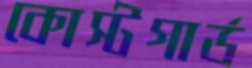
কোস্টগার্ড